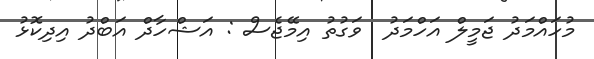
މުހައްމަދު ޖަމީލް އަހްމަދު  ވަގުތު އިމޭޖެސް : އަޝްހާދް އަބްދު އިދިކޮޅު